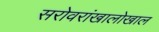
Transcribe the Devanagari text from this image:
सरोवरांखालोखाल